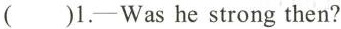
()1.—Was he strong then?